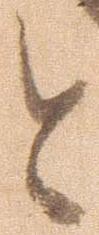
と